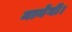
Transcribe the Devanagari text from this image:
मानेगी।